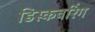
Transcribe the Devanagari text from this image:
डिस्कवरिंग